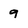
Character: 9